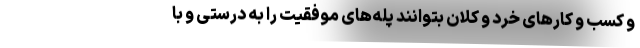
و کسب و کارهای خرد و کلان بتوانند پله‌های موفقیت را به درستی و با